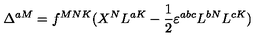
\Delta ^ { a M } = f ^ { M N K } ( X ^ { N } L ^ { a K } - \frac 1 2 \varepsilon ^ { a b c } L ^ { b N } L ^ { c K } )